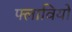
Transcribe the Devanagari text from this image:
फ्लावियो